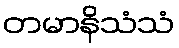
တမာနိသံသံ